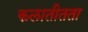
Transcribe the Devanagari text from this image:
कलातीतता